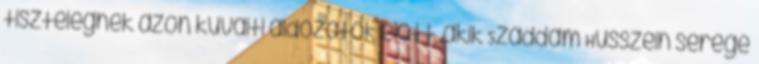
tisztelegnek azon kuvaiti áldozatok előtt, akik Szaddam Husszein serege